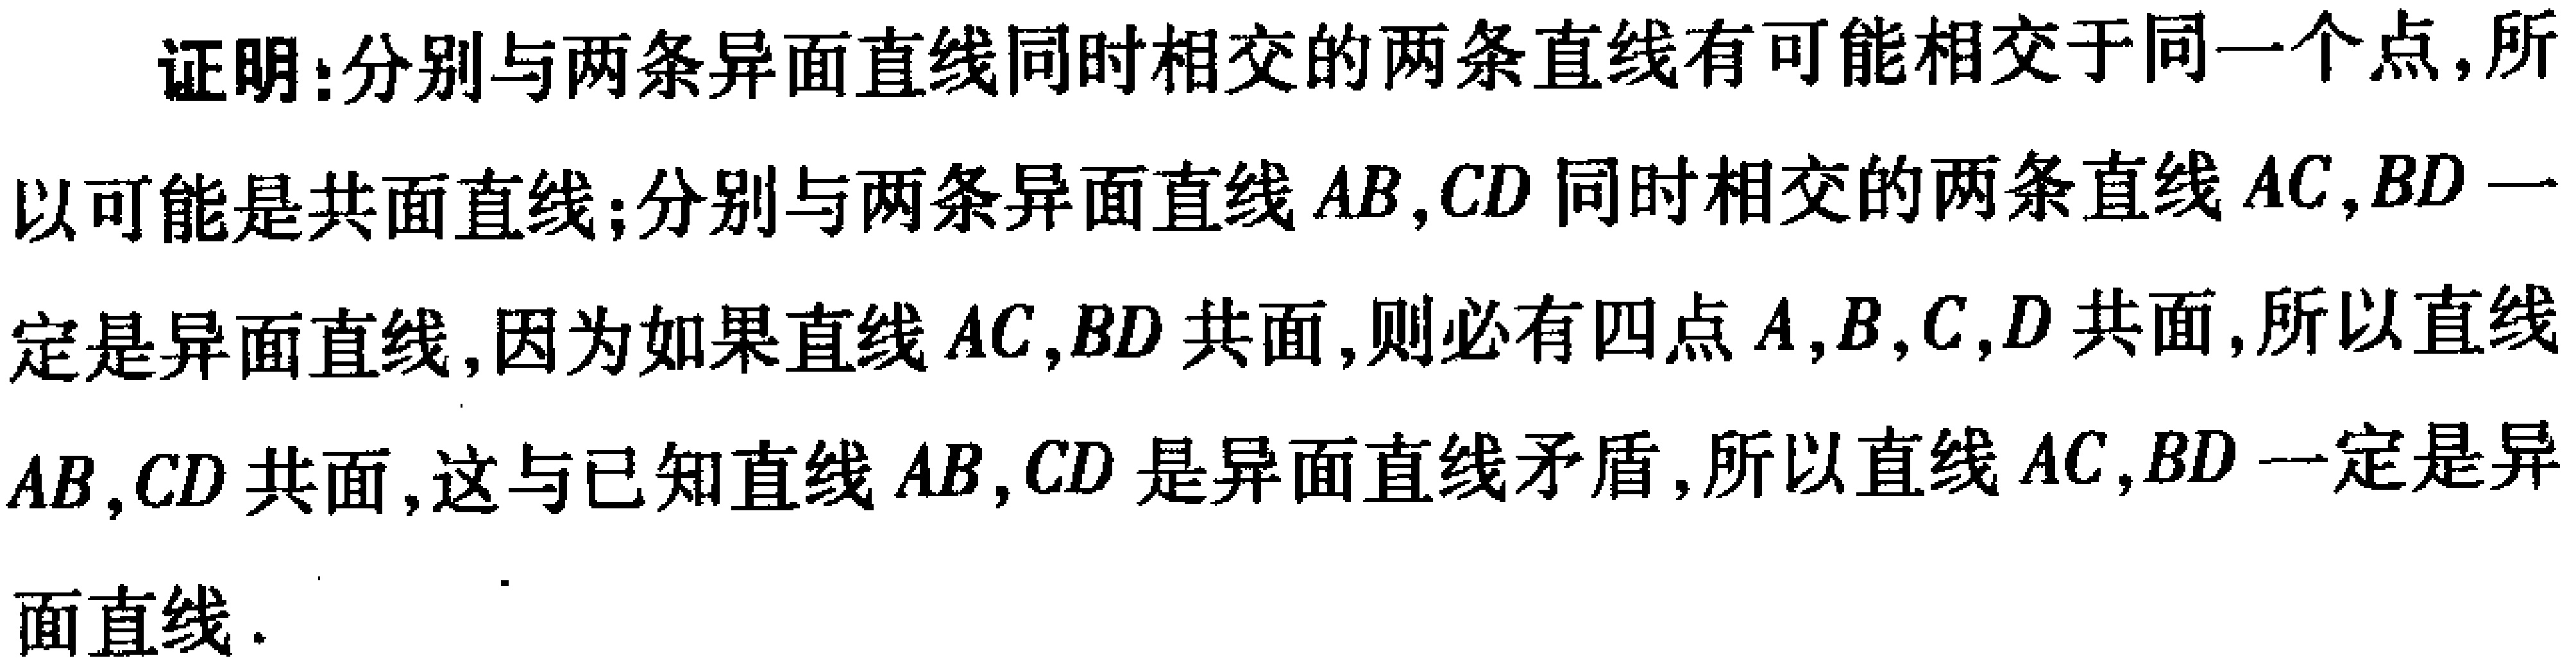
证明：分别与两条异面直线同时相交的两条直线有可能相交于同一个点，所以可能是共面直线；分别与两条异面直线\(AB,CD\)同时相交的两条直线\(AC,BD\)一定是异面直线，因为如果直线\(AC,BD\)共面，则必有四点\(A,B,C,D\)共面，所以直线\(AB,CD\)共面，这与已知直线\(AB,CD\)是异面直线矛盾，所以直线\(AC,BD\)一定是异面直线.